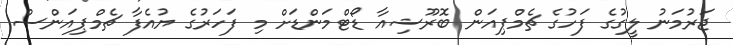
ޖަރުމަނު ލީގުގެ ފަހުގެ ޗެމްޕިއަން ބޮރޫޝިއާ ޑޯޓްމަންޑަށް މި ފަހަރުގެ ޔުއެފާ ޗެމްޕިއަންސް